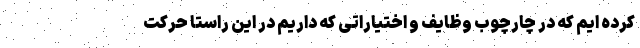
کرده ایم که در چارچوب وظایف و اختیاراتی که داریم در این راستا حرکت